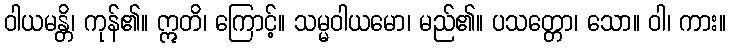
ဝါယမန္တိ၊ ကုန်၏။ ဣတိ၊ ကြောင့်။ သမ္မဝါယမော၊ မည်၏။ ပသတ္တော၊ သော။ ဝါ၊ ကား။